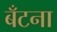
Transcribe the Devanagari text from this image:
बँटना